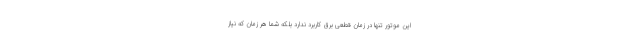
این موتور تنها در زمان قطعی برق کاربرد ندارد بلکه شما هر زمان که نیاز